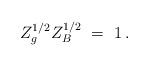
LaTeX: \begin{align*}Z_g^{1/2} Z_B^{1/2} \ =\ 1\, .\end{align*}